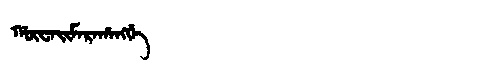
Manchu: ᡤᡡᠸᠠᡳᠮᠠᡵᠠᡥᠠᠩᡤᡝ
Romanization: GŪWAIMARAHANGGE